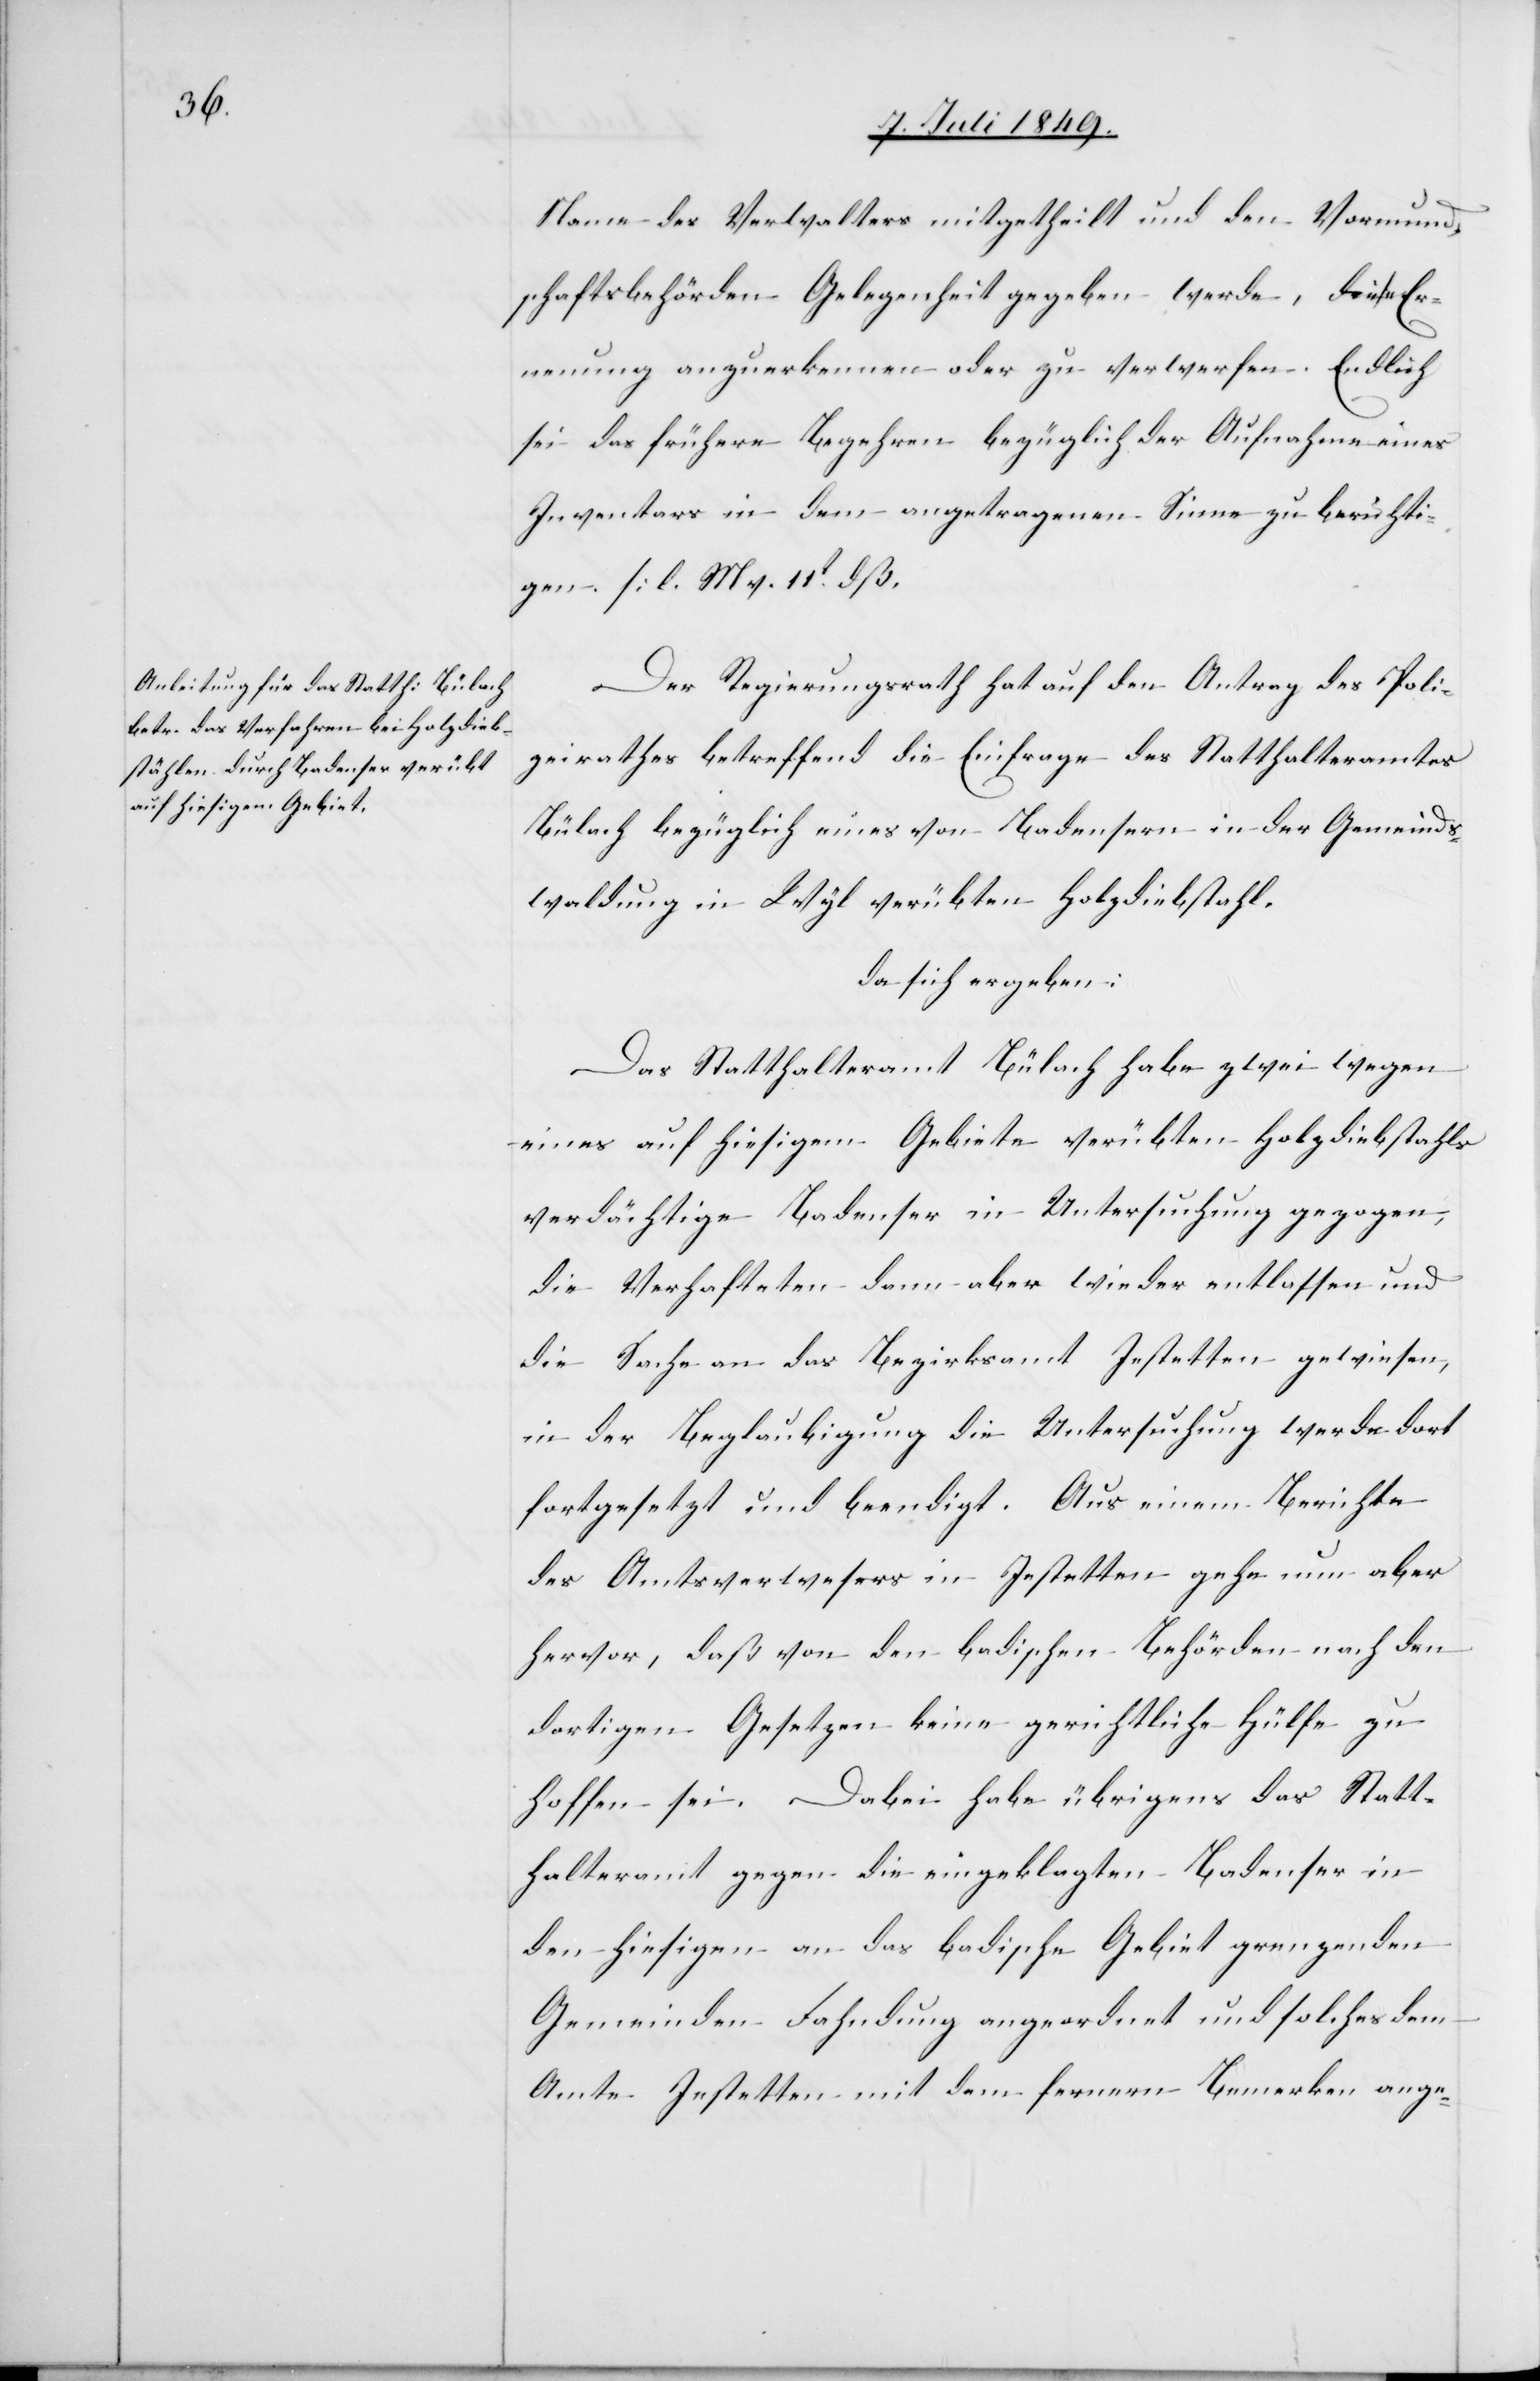
Name des Verwalters mitgetheilt und den Vormund¬
schaftsbehörden Gelegenheit gegeben werde, diese Er¬
nennung anzuerkennen oder zu verwerfen. Endlich
sei das frühere Begehren bezüglich der Aufnahme eines
Inventars in dem angetragenen Sinne zu berichti¬
gen. [l. M. v. 11t dß.[]]
Der Regierungsrath hat auf den Antrag des Poli¬
zeirathes betreffend die Einfrage des Statthalteramtes
Bülach bezüglich eines von Badensern in der Gemeinds¬
waldung in Wyl verübten Holzdiebstahl.
da sich ergeben:
Das Statthalteramt Bülach habe zwei wegen
eines auf hiesigem Gebiete verübten Holzdiebstahls
verdächtige Badenser in Untersuchung gezogen,
die Verhafteten dann aber wieder entlassen und
die Sache an das Bezirksamt Jestetten gewiesen,
in der Beglaubigung die Untersuchung werde dort
fortgesetzt und beendigt. Aus einem Berichte
des Amtsverwesers in Jestetten gehe nun aber
hervor, daß von den badischen Behörden nach den
dortigen Gesetzen keine gerichtliche Hülfe zu
hoffen sei. Dabei habe übrigens das Statt¬
halteramt gegen die eingeklagten Badenser in
den hiesigen an das badische Gebiet grenzenden
Gemeinden Fahndung angeordnet und solches dem
Amte Jestetten mit dem fernern Bemerken ange-